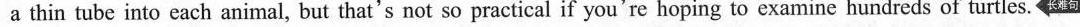
a thin tube into each animal, but that's not so practical if you're hoping to examine hundreds of turtles.